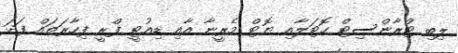
ލިބި ޓްރާންސިޓް ހޮޓަލާއި ޔޮޓް މެރީނާ އާއި ޑިއުޓީ ފްރީ ފިހާރަތައް ފަދަ